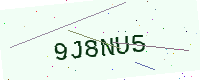
Text: 9J8NU5